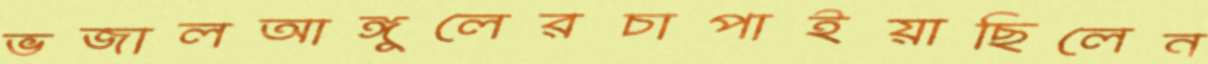
ভজালআঙ্গুলেরচাপাইয়াছিলেন